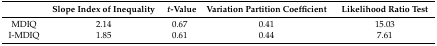
<table><thead><tr><td></td><td><b>Slope Index of Inequality</b></td><td><b><i>t</i>-Value</b></td><td><b>Variation Partition Coefficient</b></td><td><b>Likelihood Ratio Test</b></td></tr></thead><tbody><tr><td>MDIQ</td><td>2.14</td><td>0.67</td><td>0.41</td><td>15.03</td></tr><tr><td>I-MDIQ</td><td>1.85</td><td>0.61</td><td>0.44</td><td>7.61</td></tr></tbody></table>